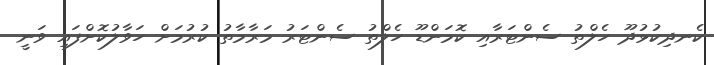
ކެނދިކުޅުދޫ ހެލްތު ސެންޓަރާއި ކޮމަންޑޫ ހެލްތު ސެންޓަރު މަރާމާތު ކުރުމަށް ހަވާލުކޮށްފައި ވަނީ